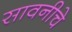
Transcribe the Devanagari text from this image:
सावनीचे